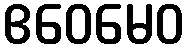
ဧဝေမေဝ